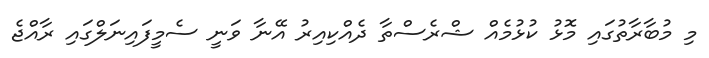
މި މުބާރާތުގައި މޮޅު ކުޅުމެއް ޝްރެސްތާ ދެއްކިއިރު އޭނާ ވަނީ ސެމީފައިނަލްގައި ރާއްޖެ